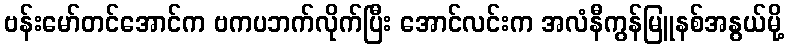
ဗန်းမော်တင်အောင်က ဗကပဘက်လိုက်ပြီး အောင်လင်းက အလံနီကွန်မြူနစ်အနွယ်မို့